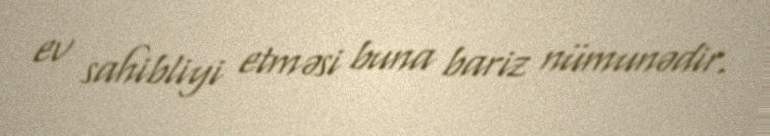
ev sahibliyi etməsi buna bariz nümunədir.